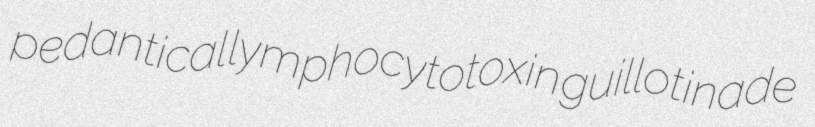
pedantical lymphocytotoxin guillotinade